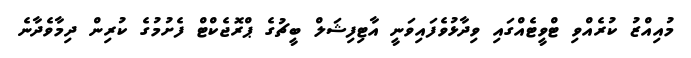
މުއިއްޒު ކުރެއްވި ޓްވީޓެއްގައި ވިދާޅުވެފައިވަނީ އާޓިފިޝަލް ބީޗުގެ ޕްރޮޖެކްޓް ފެށުމުގެ ކުރިން ދިމާވެދާނެ